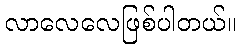
လာလေလေဖြစ်ပါတယ်။